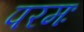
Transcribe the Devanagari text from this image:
परमः